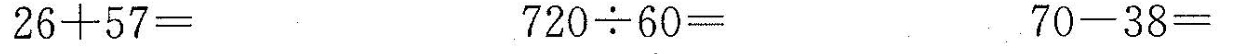
$$2 6 + 5 7 =$$ $$7 2 0 \div 6 0 =$$ $$7 0 - 3 8 =$$